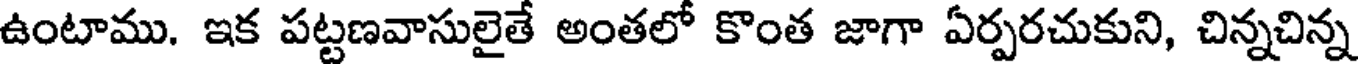
ఉంటాము. ఇక పట్టణవాసులైతే అంతలో కొంత జాగా ఏర్పరచుకుని, చిన్నచిన్న